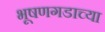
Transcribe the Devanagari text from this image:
भूषणगडाच्या